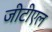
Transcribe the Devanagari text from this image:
जीटीएल